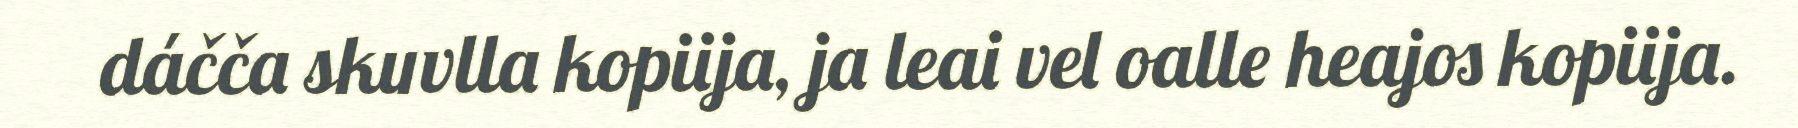
dáčča skuvlla kopiija, ja leai vel oalle heajos kopiija.